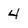
Character: 4